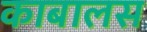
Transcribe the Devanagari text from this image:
काबालस